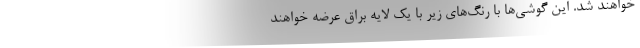
خواهند شد. این گوشی‌ها با رنگ‌های زیر با یک لایه براق عرضه خواهند